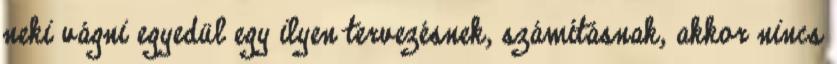
neki vágni egyedül egy ilyen tervezésnek, számításnak, akkor nincs